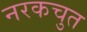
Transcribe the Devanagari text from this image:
नरकचुत